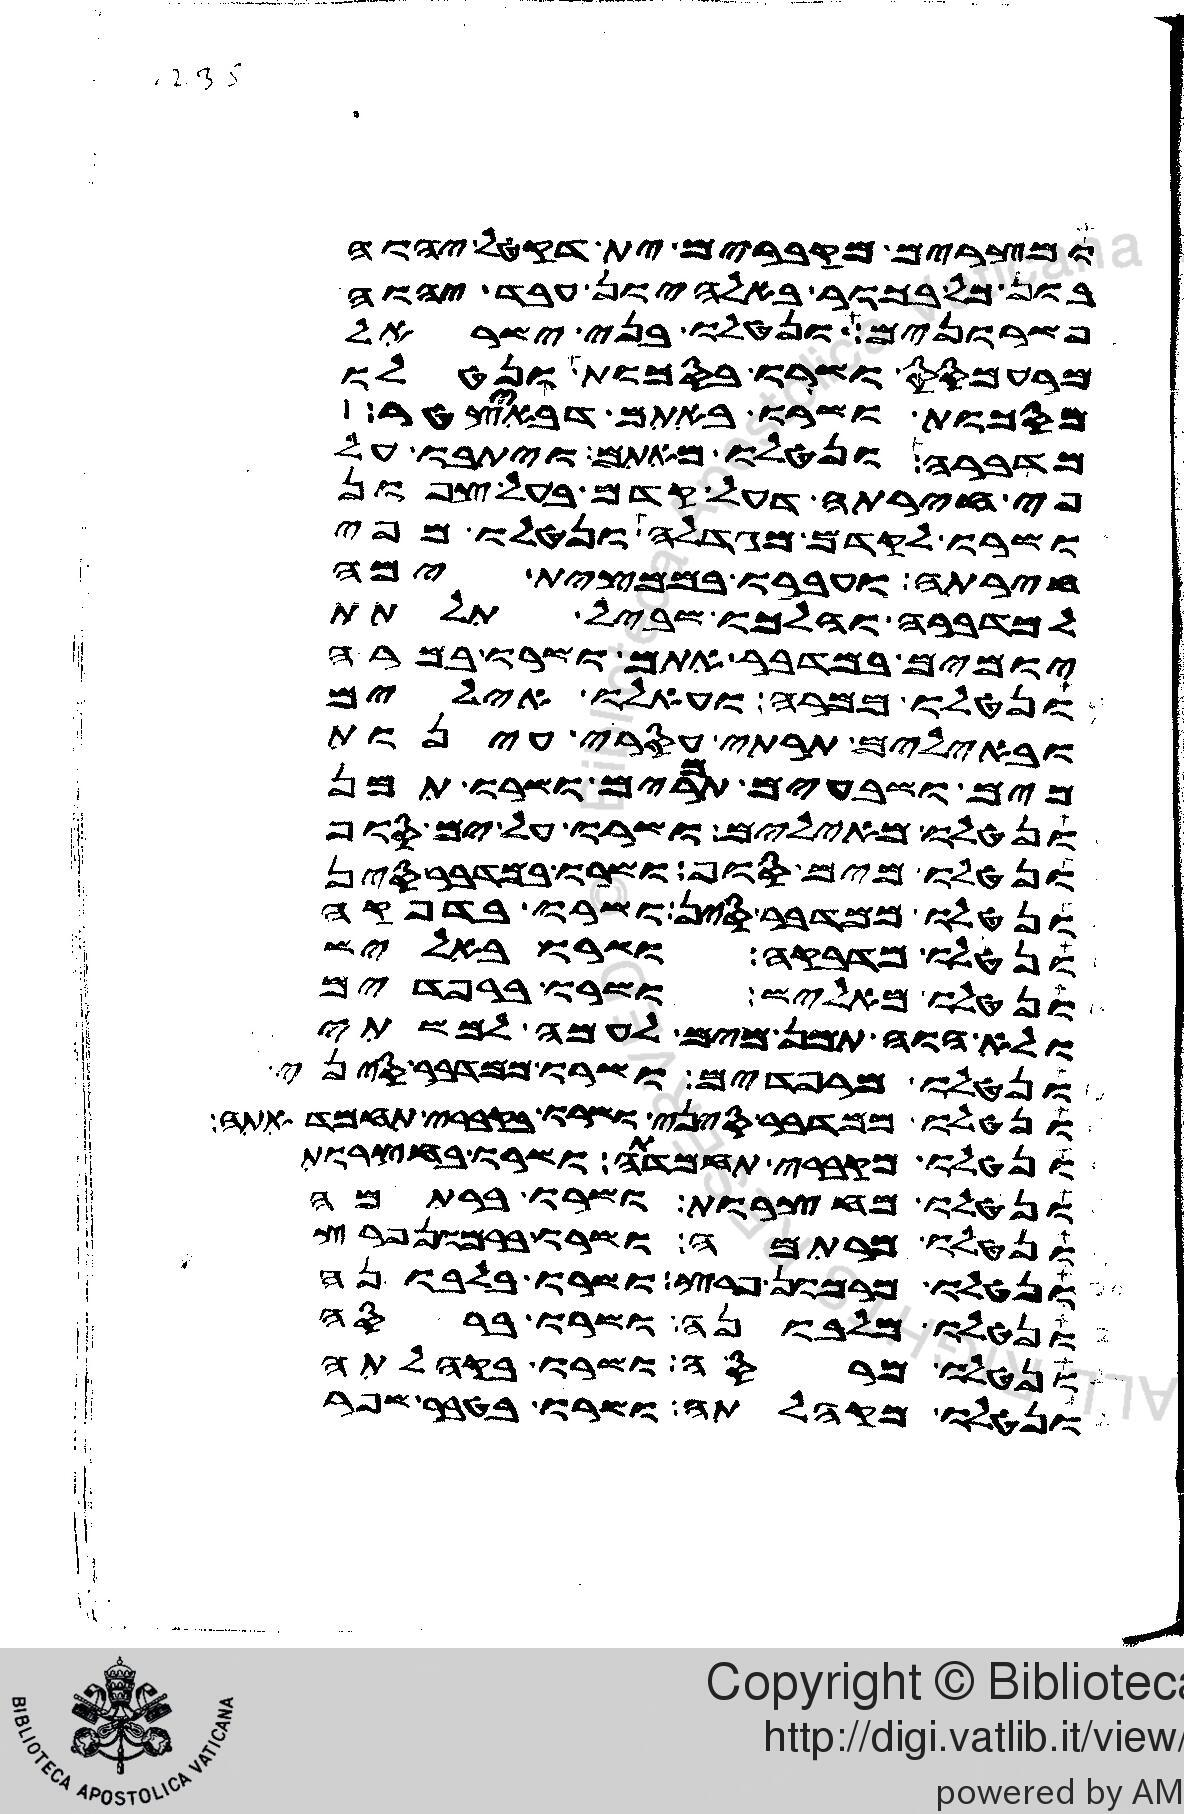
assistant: ומצרים מקברים ית דקטל יהוה
בון כל בכור ובאלהיון עבד יהוה
פשרונים ונטלו בני ישראל
מרעמסס ושרו בסכות ונטלו
מסכות ושרו באתם דבאיצטר
מדברה ונטלו מאתם ויתבו על
פי חירתה דעל קדם בעל צפון
ושרו לקדם מגדלה ונטלו מפי
חירתה ועברו בממצית ימה
למדברה והלכו שביל תלתת
יומים במדבר אתם ושרו במרה
ונטלו ממרה ועאלו אילים
ובאילים תרתי עסרי עינות
מים ושבעים תמרים ושרו תמן
ונטלו מאילים ושרו על ים סוף
ונטלו מים סוף ושרו במדבר סין
ונטלו ממדבר סין ושרו בדפקה
ונטלו מדפקה ושרו באליש
ונטלו מאליש ושרו ברפדים
ולא הוה תמן מים לעמה למשתי
ונטלו מרפדים ושרו במדבר סיני
ונטלו ממדבר סיני ושרו בקברי תחמדאתה
ונטלו מקברי תחמדתה ושרו בחצרות
ונטלו מחצרות ושרו ברתמה
ונטלו מרתמה ושרו ברמון פרץ
ונטלו מרמון פרץ ושרו בלבונה
ונטלו מלבונה ושרו ברסה
ונטלו מרסה ושרו בקהלתה
ונטלו מקהלתה ושרו בטור שפר